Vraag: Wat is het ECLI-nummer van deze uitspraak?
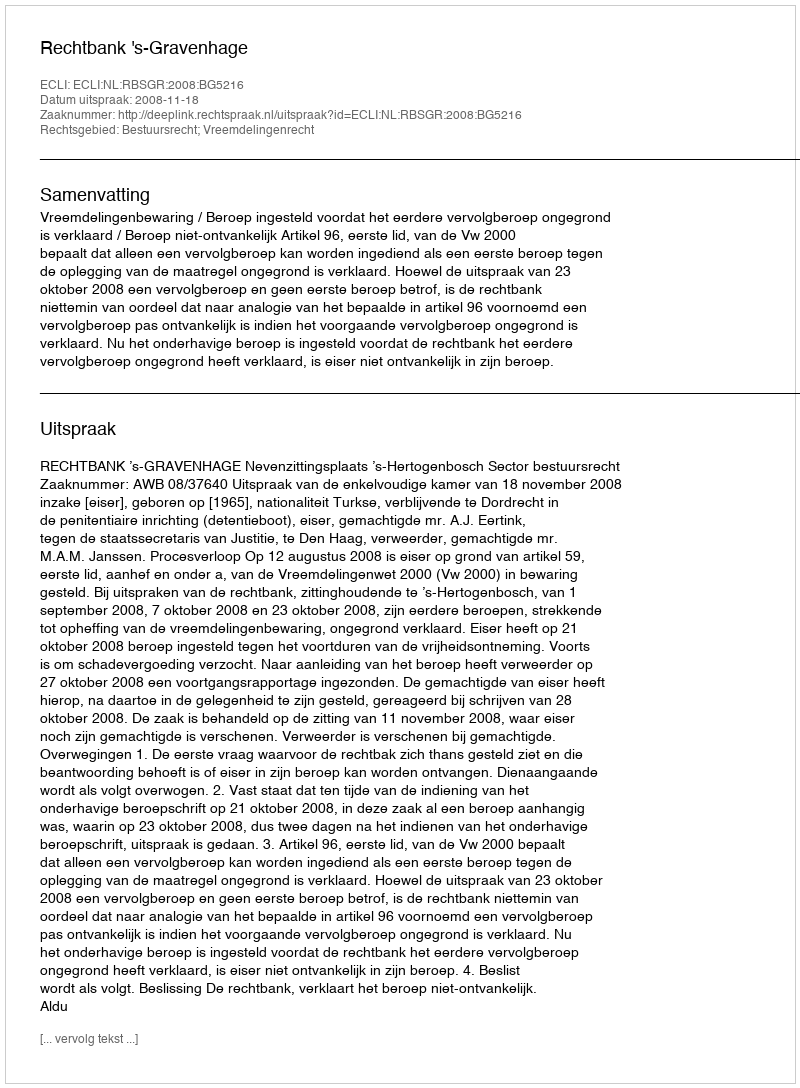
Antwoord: ECLI:NL:RBSGR:2008:BG5216